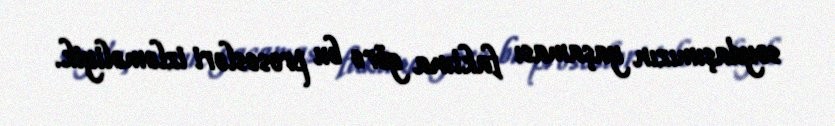
soydaşımızın yaşaması faktına görə bu prosesləri izləməliyik.